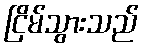
ငြိမ်သွားသည်